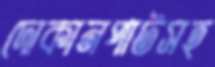
দোকানপাটসহ